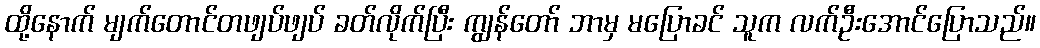
ထို့နောက် မျက်တောင်တဖျပ်ဖျပ် ခတ်လိုက်ပြီး ကျွန်တော် ဘာမှ မပြောခင် သူက လက်ဦးအောင်ပြောသည်။